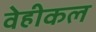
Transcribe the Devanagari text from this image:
वेहीकल